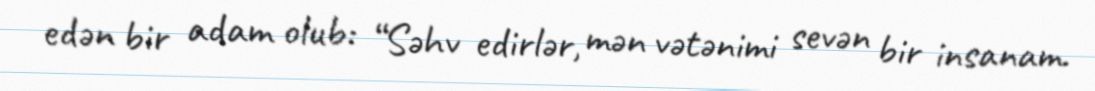
edən bir adam olub: “Səhv edirlər, mən vətənimi sevən bir insanam.